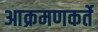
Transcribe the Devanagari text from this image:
आक्रमणकर्ते